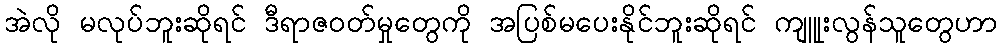
အဲလို မလုပ်ဘူးဆိုရင် ဒီရာဇဝတ်မှုတွေကို အပြစ်မပေးနိုင်ဘူးဆိုရင် ကျူုးလွန်သူတွေဟာ